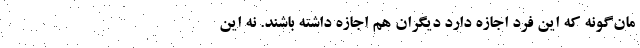
مان‌گونه که این فرد اجازه دارد دیگران هم اجازه داشته باشند. نه این